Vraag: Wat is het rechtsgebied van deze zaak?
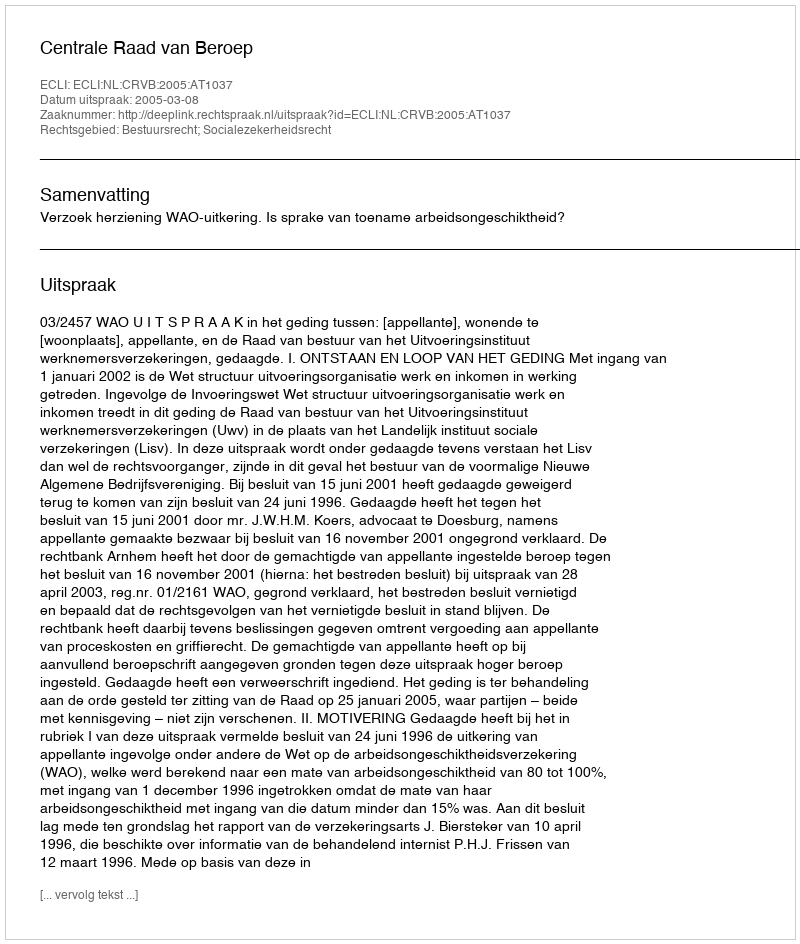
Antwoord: Bestuursrecht; Socialezekerheidsrecht